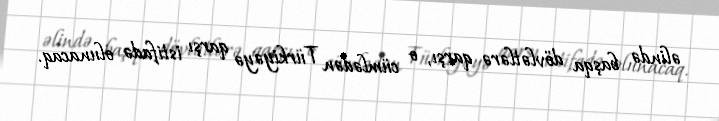
əlində başqa dövlətlərə qarşı, o cümlədən Türkiyəyə qarşı istifadə olunacaq.